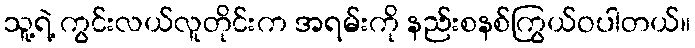
သူ့ရဲ့ ကွင်းလယ်လူတိုင်းက အရမ်းကို နည်းစနစ်ကြွယ်ဝပါတယ်။